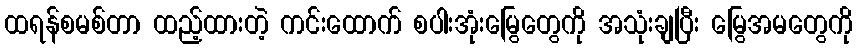
ထရန်စမစ်တာ ထည့်ထားတဲ့ ကင်းထောက် စပါးအုံးမြွေတွေကို အသုံးချပြီး မြွေအမတွေကို